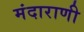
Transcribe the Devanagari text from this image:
मंदाराणी